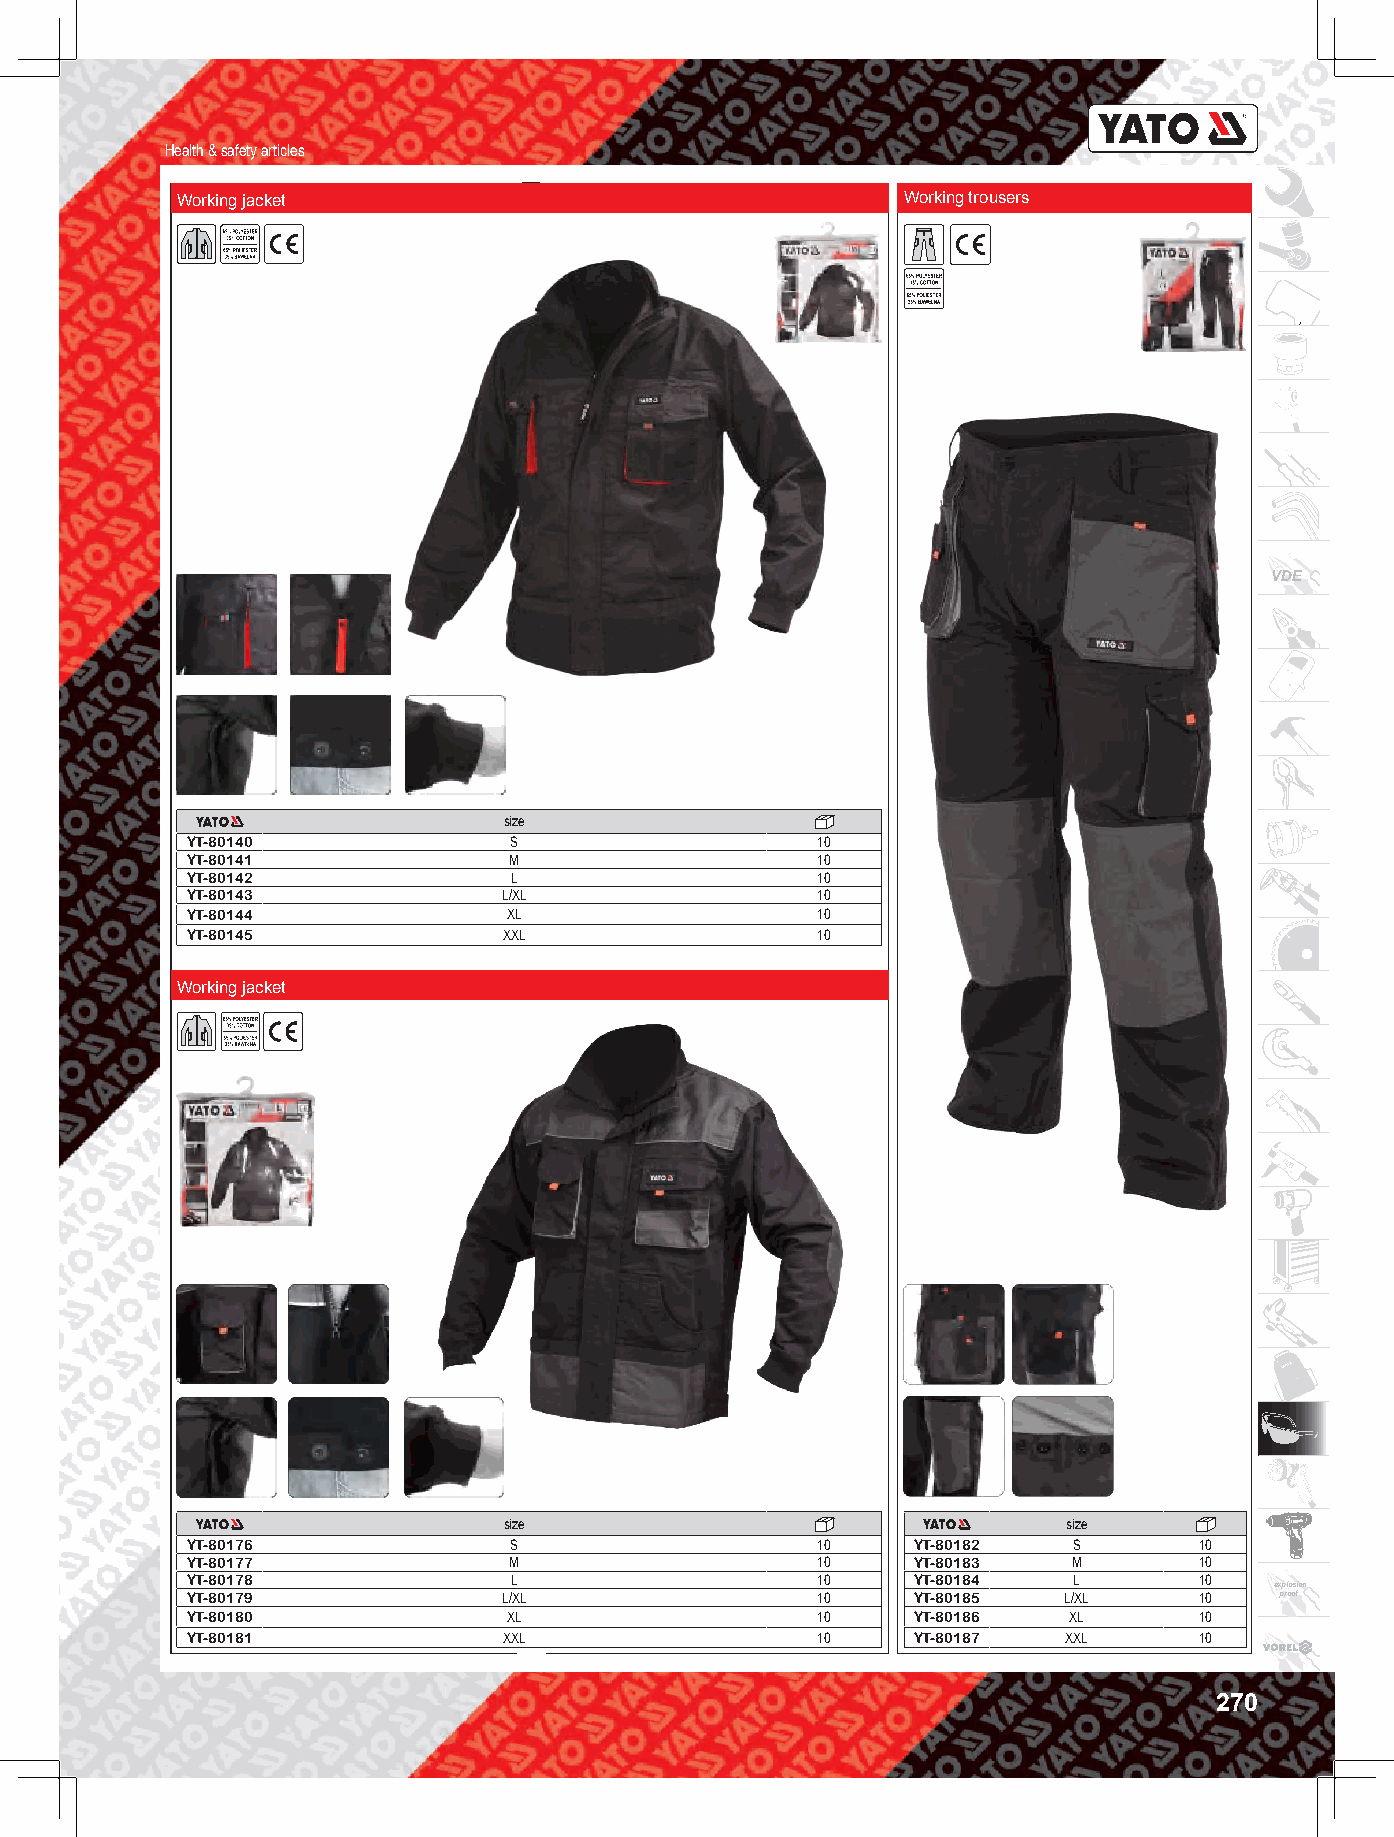
Health & safety articles
 Working jacket                                  Working trousers
 VDE
 size
 YT-80140              S                   10
 YT-80141              M                   10
 YT-80142              L                   10
 YT-80143             L/XL                 10
 YT-80144              XL                  10
 YT-80145             XXL                  10
 Working jacket
 size                                  size
 YT-80176              S                   10    YT-80182   S       10
 YT-80177              M                   10    YT-80183   M       10
 YT-80178              L                   10    YT-80184   L       10
 explosion
 YT-80179             L/XL                 10    YT-80185  L/XL     10    proof
 YT-80180              XL                  10    YT-80186   XL      10
 YT-80181             XXL                  10    YT-80187   XXL     10
 270